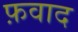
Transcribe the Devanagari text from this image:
फ़वाद